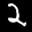
Label: 2